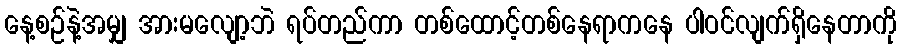
နေ့စဉ်နဲ့အမျှ အားမလျော့ဘဲ ရပ်တည်ကာ တစ်ထောင့်တစ်နေရာကနေ ပါဝင်လျက်ရှိနေတာကို